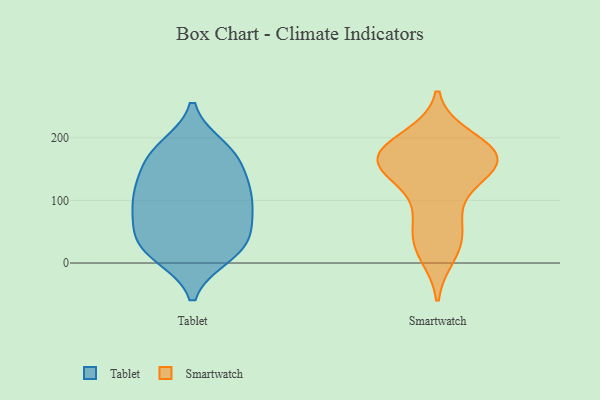
{"axis": {"x": "Market Share (%)", "y": "Value"}, "legend": ["Smartwatch", "Tablet"], "data": [{"x": "", "y": 116, "type": "Tablet"}, {"x": "", "y": 171, "type": "Tablet"}, {"x": "", "y": 93, "type": "Tablet"}, {"x": "", "y": 166, "type": "Tablet"}, {"x": "", "y": 29, "type": "Tablet"}, {"x": "", "y": 134, "type": "Tablet"}, {"x": "", "y": 15, "type": "Tablet"}, {"x": "", "y": 108, "type": "Tablet"}, {"x": "", "y": 184, "type": "Tablet"}, {"x": "", "y": 79, "type": "Tablet"}, {"x": "", "y": 179, "type": "Tablet"}, {"x": "", "y": 122, "type": "Tablet"}, {"x": "", "y": 44, "type": "Tablet"}, {"x": "", "y": 53, "type": "Tablet"}, {"x": "", "y": 23, "type": "Tablet"}, {"x": "", "y": 78, "type": "Tablet"}, {"x": "", "y": 12, "type": "Tablet"}, {"x": "", "y": 165, "type": "Smartwatch"}, {"x": "", "y": 34, "type": "Smartwatch"}, {"x": "", "y": 15, "type": "Smartwatch"}, {"x": "", "y": 199, "type": "Smartwatch"}, {"x": "", "y": 130, "type": "Smartwatch"}, {"x": "", "y": 149, "type": "Smartwatch"}, {"x": "", "y": 190, "type": "Smartwatch"}, {"x": "", "y": 68, "type": "Smartwatch"}, {"x": "", "y": 168, "type": "Smartwatch"}, {"x": "", "y": 180, "type": "Smartwatch"}, {"x": "", "y": 84, "type": "Smartwatch"}, {"x": "", "y": 166, "type": "Smartwatch"}, {"x": "", "y": 164, "type": "Smartwatch"}, {"x": "", "y": 163, "type": "Smartwatch"}, {"x": "", "y": 157, "type": "Smartwatch"}, {"x": "", "y": 30, "type": "Smartwatch"}]}